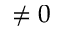
\neq 0